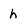
Character: h